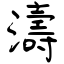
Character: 濤